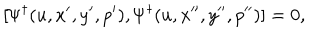
[ { \mit \Psi } ^ { \dagger } ( u , x ^ { \prime } , y ^ { \prime } , p ^ { \prime } ) , { \mit \Psi } ^ { \dagger } ( u , x ^ { \prime \prime } , y ^ { \prime \prime } , p ^ { \prime \prime } ) ] = 0 ,